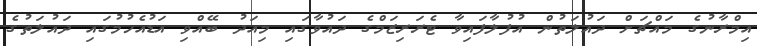
އިމްރާނުގެ މައްޗަށް ދައުލަތުން އުފުލާފައިވާ ޓެރަރިޒަމްގެ ދައުވާގައި މިއަދު ބޭއްވި އަޑުއެހުމުގައި ދައުލަތުގެ